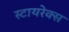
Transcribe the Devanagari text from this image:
स्टायरेक्स